Vabadussoja_Ajaloo_Komitee, lk 31
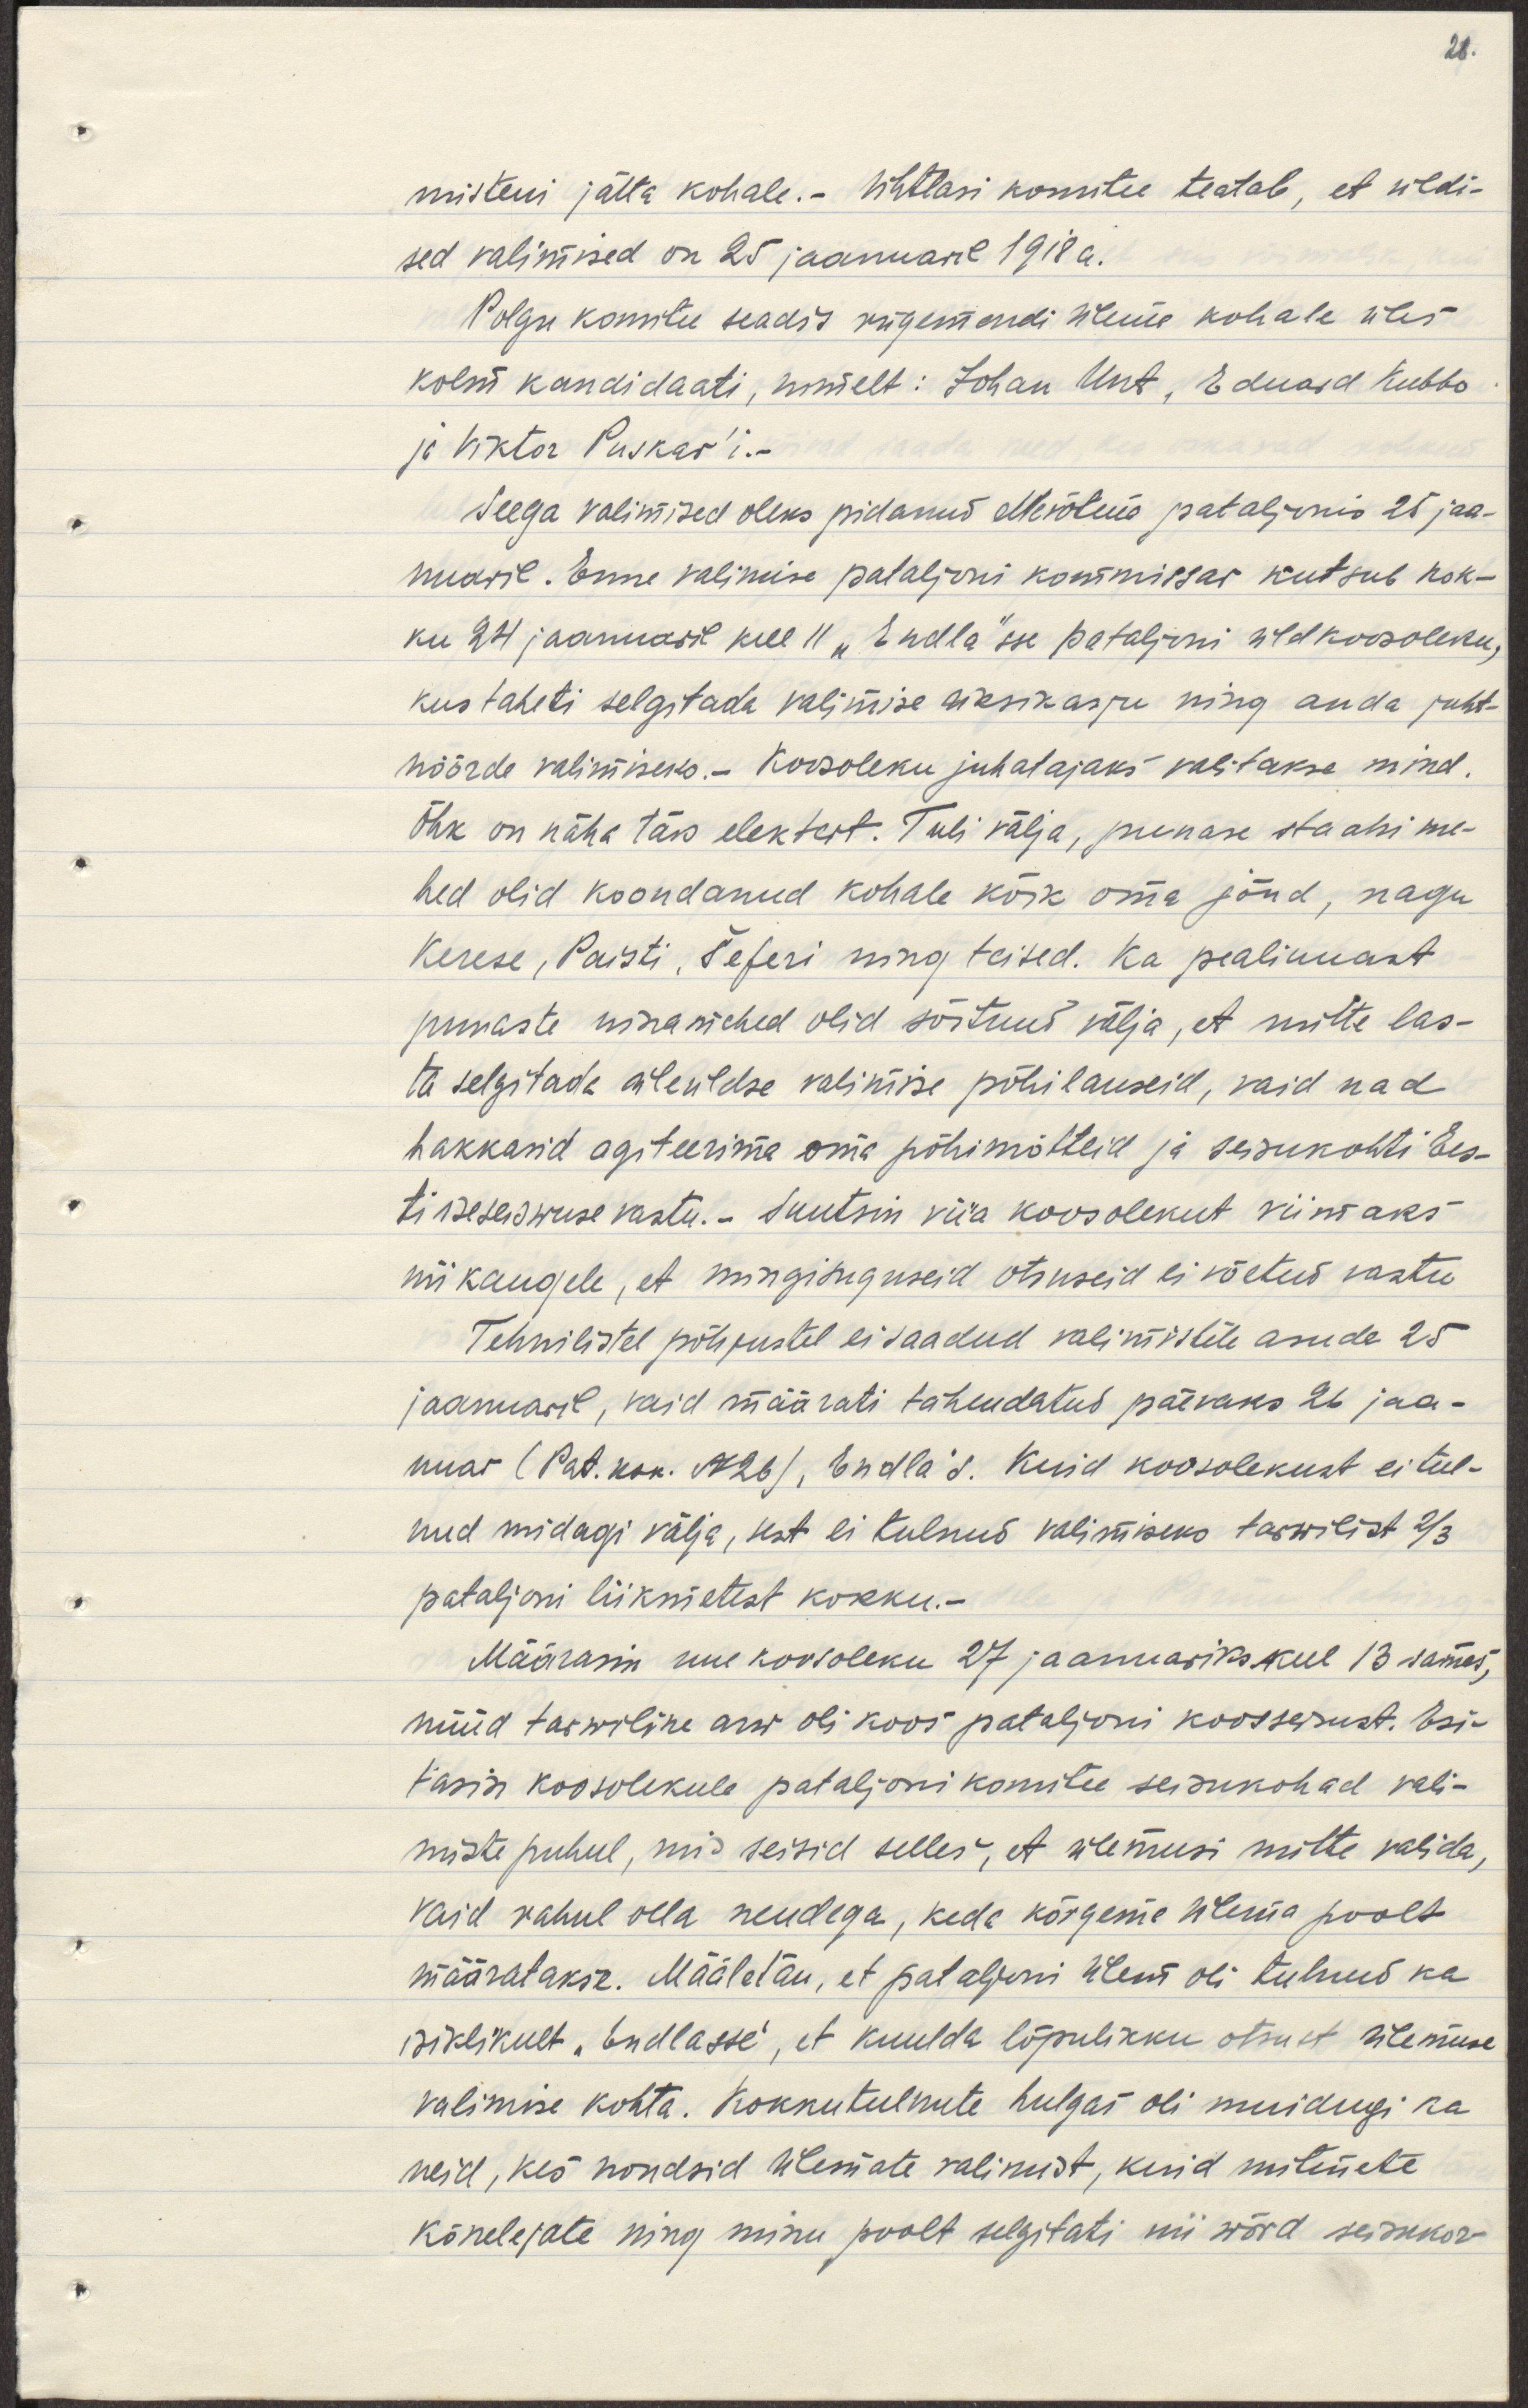
misteni jätta kohale.- Ühtlasi komitee teatab, et üldi-
sed valimised on 25 jaanuaril 1918a.
Polgu komitee seadis rügemendi ülema kohale üles
kolm kandidaati, nimeliselt: Johan Unt,  Eduard Kubbo 
ja Viktor Puskar´i.-
Seega valimised oleks pidanud ettevõtma pataljonis 25 jaa-
nuaril. Enne valimise pataljoni komissar kutsub kok-
ku 24. jaanuaril kell 11 "Endla"sse pataljoni üldkoosoleku,
kus taheti selgitada valimise üksikasju ning anda juht-
nöörde valimiseks.- Koosoleku juhatajaks valitakse mind.
Õhk on näha täis elektrit. Tuli välja, punase staabi me-
hed olid koondanud kohale kõik oma jõud, nagu
Kerese, Paisti, Šeferi ning teised. Ka pealinnast
punaste ninamehed olid sõitnud välja, et mitte las-
ta selgitada üleüldse valimise põhilauseid, vaid nad
hakkasid agiteerima oma põhimõtteid ja seisukohti Ees-
ti iseseiswuse vastu.- Suutsin viia koosolekut viimaks
niikaugele, et mingisuguseid otsuseid ei võetud vastu.
Tehnilisetel põhjustel ei saadud valimistele asuda 25
jaanuaril, vaid määrati tähendatud päevaks 26 jaa-
nuar (Pat. kok. N26), Endla's. Kuid koosolekust ei tul-
nud midagi välja, sest ei tulnud valimiseks tarvilist 2/3
pataljoni liikmetest kokku.-
Määrasin uue koosoleku 27 jaanuariks kell 13 samas,
nüüd tarwiline arw oli koos pataljoni koosseisust. Esi-
tasin koosolekule pataljoni komitee seisukohad vali-
miste puhul, mis seisid selles, et ülemusi mitte valida,
vaid rahul olla nendega, keda kõrgema ülema poolt
määratakse. Määletan, et pataljoni ülem oli tulnud ka
isiklikult "Endlasse", et kuulda lõpliku otsust ülemuse
valimise kohta. Kokkutulnute hulgas oli muidugi ka 
neid, kes nõudsid ülemate valimist, kuid mitmete
kõnelejate ning minu poolt selgitati nii wõrd seisukor-